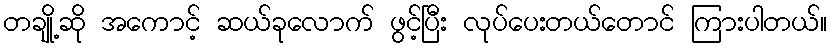
တချို့ဆို အကောင့် ဆယ်ခုလောက် ဖွင့်ပြီး လုပ်ပေးတယ်တောင် ကြားပါတယ်။